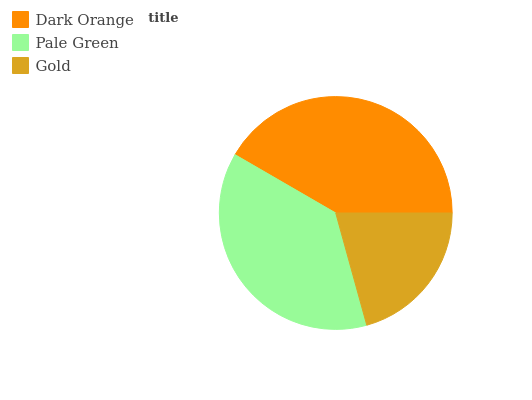
| Dark Orange | Pale Green | Gold |
 | --- | --- | --- |
 | 41.7% | 37.7% | 20.7% |